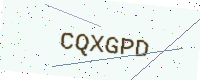
Text: CQXGPD